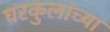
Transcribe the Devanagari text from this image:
घरकुलांच्या